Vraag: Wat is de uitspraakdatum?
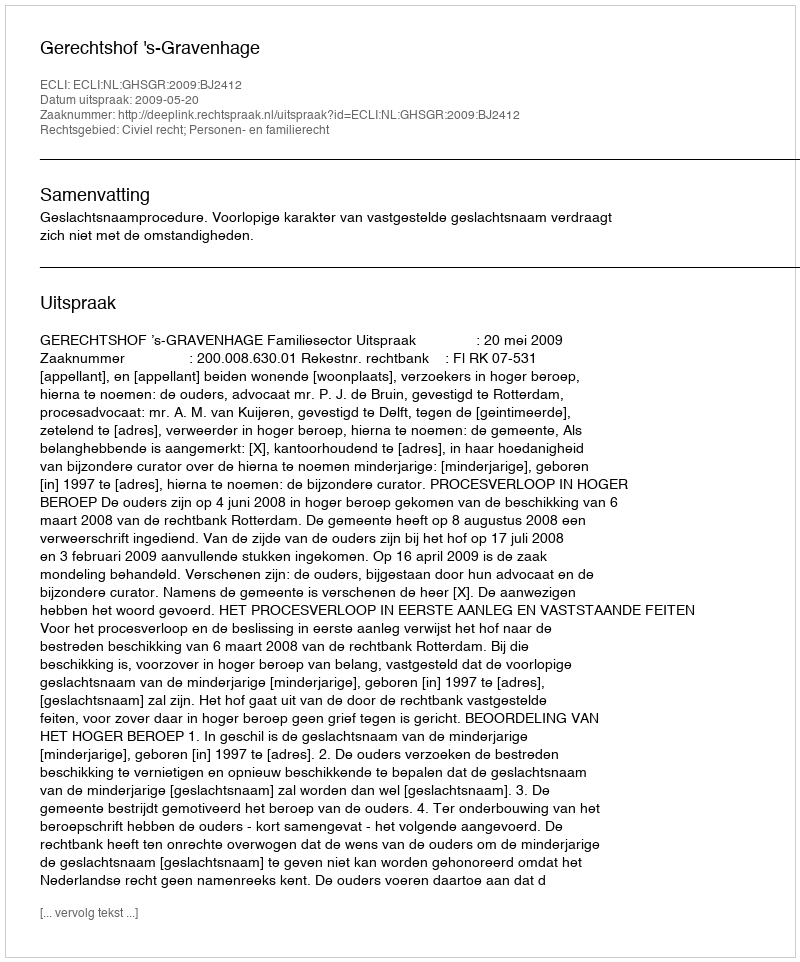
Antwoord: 2009-05-20